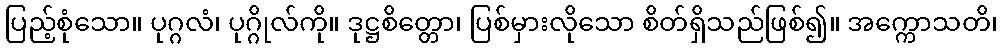
ပြည့်စုံသော။ ပုဂ္ဂလံ၊ ပုဂ္ဂိုလ်ကို။ ဒုဋ္ဌစိတ္တော၊ ပြစ်မှားလိုသော စိတ်ရှိသည်ဖြစ်၍။ အက္ကောသတိ၊